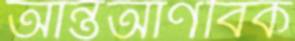
আন্তআণবিক